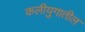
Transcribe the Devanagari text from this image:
कलीयुगातील